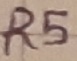
Text: R5